Lunatic asylums United Provinces 1909-1921 - 1909-1921
Year: 1909
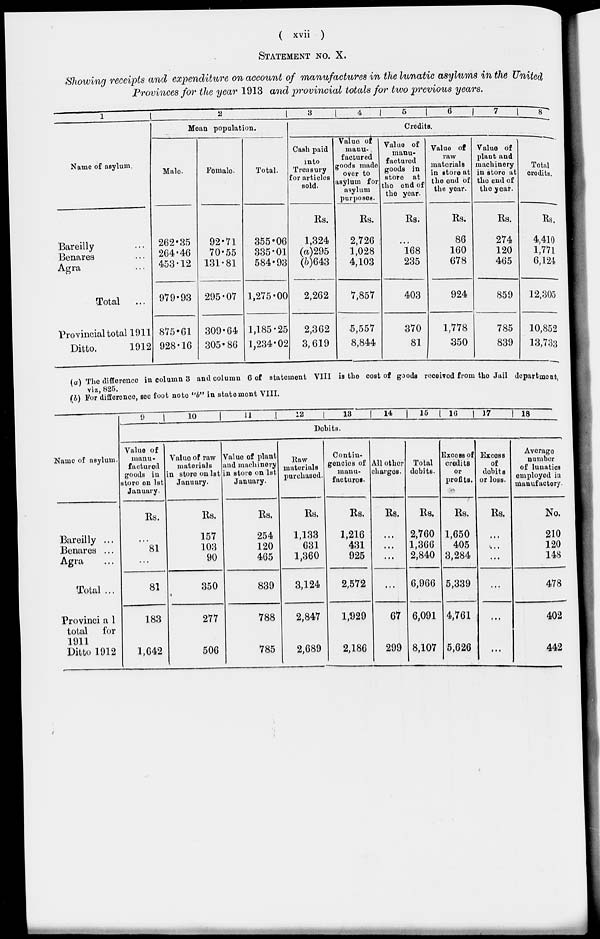
( xvii )
STATEMENT No. X.
Showing receipts and expenditure on account of manufactures in the lunatic asylums in the United
Provinces for the year 1913 and provincial totals for two previous years.
1
Name of asylum.
Bareilly ...
Benares ...
Agra ...
Total
...
Provincial total 1911
Ditto.
1912
2
Mean population.
Male.
262.35
264.46
453.12
979.93
875.61
928.16
Female.
92.71
70.55
131.81
295.07
309.64
305.86
Total.
355.06
335.01
584.93
1,275.00
1,185.25
1,234.02
3
4
5
6
7
8
Credits.
Cash paid
into
Treasury
for articles
sold.
Rs.
1,324
(a)295
(b)643
2,262
2,362
3,619
Value of
manu-
factured
goods made
over to
asylum for
asylum
purposes.
Rs.
2,726
1,028
4,103
7,857
5,557
8,844
Value of
manu-
factured
goods in
store at
the end of
the year.
Rs.
...
168
235
403
370
81
Value of
raw
materials
in store at
the end of
the year.
Rs.
86
160
678
924
1,778
350
Value of
plant and
machinery
in store at
the end of
the year.
Rs.
274
120
465
859
785
839
Total
credits.
Rs.
4,410
1,771
6,124
12,305
10,852
13,733
(a) The difference in column 3 and column 6 of statement VIII is the cost of goods received from the Jail department,
viz, 825.
(b) For difference, see foot note "b" in statement VIII.
Name of asylum.
Bareilly ...
Benares ...
Agra ...
Total ...
Provincia1
total for
1911
Ditto 1912
9
10
11
12
13
14
15
16
17
18
Debits.
Value of
manu-
factured
goods in
store on 1st
January.
Rs.
...
81
...
81
183
1,642
Value of raw
materials
in store on 1st
January.
Rs.
157
103
90
350
277
506
Value of plant
and machinery
in store on 1st
January.
Rs.
254
120
465
839
788
785
Raw
materials
purchased.
Rs.
1,133
631
1,360
3,124
2,847
2,689
Contin-
gencies of
manu-
facturer.
Rs.
1,216
431
925
2,572
1,929
2,186
All other
charges.
Rs.
...
...
...
...
67
299
Total
debits.
Rs.
2,760
1,366
2,840
6,966
6,091
8,107
Excess Of
credits
or
profits.
Rs.
1,650
405
3,284
5,339
4,761
5,626
Excess
of
debits
or loss.
Rs.
...
...
...
...
...
...
Average
number
of lunatics
employed in
manufactory.
No.
210
120
148
478
402
442